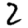
Digit: 2